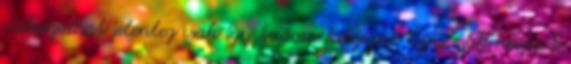
válaszomat jelenleg csak így tudom kifejezni. Újra csak nagyot